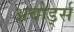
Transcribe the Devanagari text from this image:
अवोर्ड्स